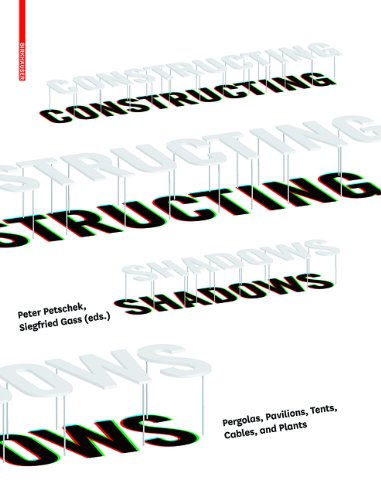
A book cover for Constructing Shadows; Crafts, Hobbies & Home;